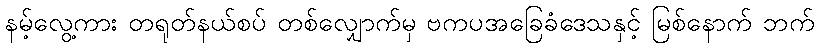
နမ့်လွေ့ကား တရုတ်နယ်စပ် တစ်လျှောက်မှ ဗကပအခြေခံဒေသနှင့် မြစ်နောက် ဘက်